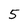
Character: 5